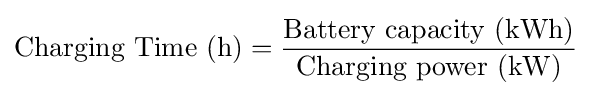
{\text{Charging Time (h)}}={\frac {\text{Battery capacity (kWh)}}{\text{Charging power (kW)}}}